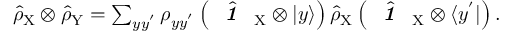
\begin{array} { r } { \hat { \rho } _ { \mathrm { X } } \otimes \hat { \rho } _ { \mathrm { Y } } = \sum _ { y y ^ { ' } } \rho _ { y y ^ { ' } } \left( \hat { \textbf { \textit { 1 } } \, } _ { \! \mathrm { X } } \otimes | y \rangle \right) \hat { \rho } _ { \mathrm { X } } \left( \hat { \textbf { \textit { 1 } } \, } _ { \! \mathrm { X } } \otimes \langle y ^ { ' } | \right) . } \end{array}